Vital statistics of India. Vol. IV, Annual returns from 1871 to 1876. British Army of India, Native Army and jails of Bengal
Year: 1871
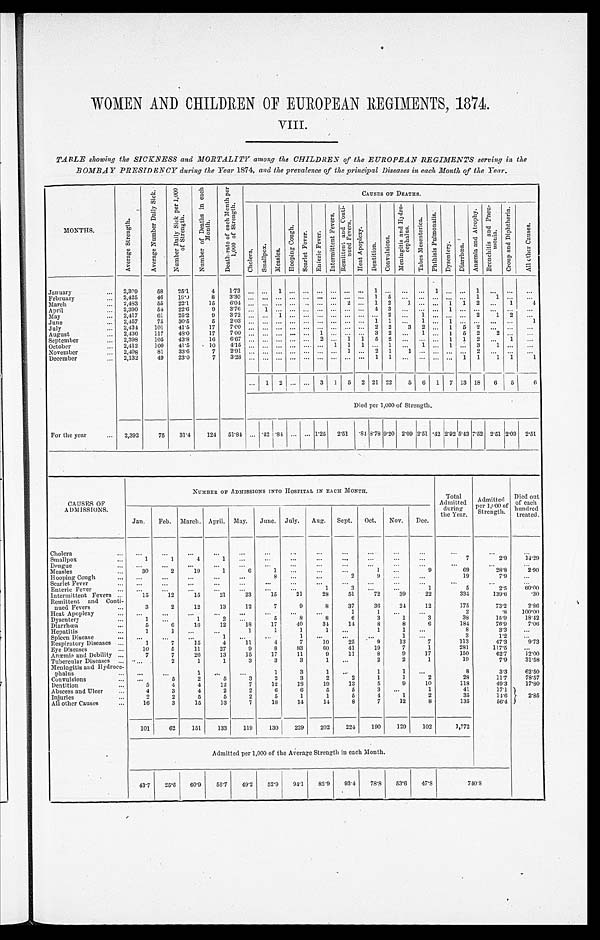
WOMEN AND CHILDREN OF EUROPEAN REGIMENTS, 1874.
VIII.
TABLE showing the SICKNESS and MORTALITY among the CHILDREN of the EUROPEAN REGIMENTS serving in the
BOMBAY PRESIDENCY during the Year 1874, and the prevalence of the principal Diseases in each Month of the Year.
MONTHS.
A v e r a g e S t r e n g t h .
A v e r a g e N u m b e r D a i l y S i c k .
N u m b e r D a i l y S i c k p e r 1 , 0 0 0 o f S t r e n g t h .
N u m b e r o f D e a t h s i n e a c h M o n t h .
D e a t h - r a t e o f e a c h M o n t h p e r 1 , 0 0 0 o f S t r e n g t h .
CAUSES OF DEATHS.
C h o l e r a .
S m a l l p o x .
M e a s l e s .
H o o p i n g C o u g h .
S c a r l e t F e v e r . En t e r i c F e v e r .
I n t e r m i t t e n t F e v e r s .
R e m i t t e n t a n d C o n t i - n u e d F e v e r s .
H e a t A p o p l e x y .
D e n t i t i o n .
C o n v u l s i o n s .
M e n i n g i t i s a n d H y d r o - c e p h a l u s .
T a b e s Me s e n t e r i c a .
P h t h i s i s P u l m o n a l i s .
D y s e n t e r y .
D i a r r h œ a .
A n æ m i a a n d A t r o p h y .
B r o n c h i t i s a n d P n e u - m o n i a .
C r o u p a n d D i p h t h e r i a .
A l l o t h e r C a u s e s .
January . . .
2,309
58
25.1
4 1.73
. . . . . .
1
. . .
. . . . . .
. . . . . .
. . .
1 . . .
. . .. . .
1
. . .
. . . 1
. . . . . .
. . .
February . . .
2,425
46
1 9 . 0
8 3.30
. . . . . .
. . .
. . .
. . . . . .
. . . . . .
. . .
1 5
. . .. . .
. . .
. . .
. . . 1
1
. . . . . .
March . . .
2,483
55
22.1
15
6.04
. . . . . .
. . . . . .
. . . . . .
. . .
2 . . .
1
2
1 . . . . . .
1
1
2
. . .
1
4
April . . .
2,390
54
22.6
9
3.76
. . . 1
. . .
. . .
. . . . . .
. . .
. . .
. . .
4
3
. . .. . .
. . .
1
. . .
. . .
. . .
. . .
. . .
May . . .
2,417
61
25.2
9
3.72
. . . . . .
1
. . .
. . . . . .
. . . . . .
. . .
. . . 2
. . . 1
. . .
. . .
. . . 2
1
2
. . .
June . . .
2,457
75
30.5
5
2.03
. . . . . .
. . .
. . .
. . . . . .
. . .
. . .
. . .
1
1
. . .
1
. . .
1
. . .
. . .
. . .
. . .
1
July . . .
2,434
101
41.5
1 7
7.00
. . . . . .
. . .
. . .
. . . . . .
. . .
. . .
. . .
2
2
3
2
. . . 1
5
2
. . . . . .
. . .
August . . .
2,436
117
48.0
17
7.00 . . . . . . . . . . . .
. . .
1 . . . . . . . . .
3
2
. . .
1 . . .
1
5
2
2 . . . . . .
September . . .
2,398
105
43.8
16
6 . 6 7
. . . . . .
. . .
. . . . . .
2 . . .
1
1
5
2
. . .
. . .
. . . 1
1
2
. . .
1
. . .
October . . .
2,412
100
41.5
10
4.15 . . . . . . . . . . . . . . . . . .
1
1
1 . . .
1
. . .
1 . . .
1 . . .
3
1
. . .. . .
November . . .
2,408
81
33.6
7
2.91
. . . . . .
. . .
. . . . . . . . .
. . . 1
. . . 2
1
1
. . .
. . .
. . .
. . .
2
. . .
. . .
. . .
December . . .
2,132
49
23.0
7
3.28
. . . . . .
. . .
. . .
. . . . . .
. . .
. . .
. . .
1
1
. . .
. . .
. . .
. . .
1
1
1
1
1
. . . 1
2
. . .
. . . 3
1
5
2 21 22
5
6
1
7 13 18
6
5
6
Died per 1,000 of Strength.
For the year...
2, 392
75
31.4
124
51.84 . . . .42 .84 . . . . . . 1.25
2.51 .848.78 9.20 2.09 2.51 .42 2.92 5.43 7.52 2.51 2.09 2.51
CAUSES OF
ADMISSIONS.
NUMBER OF ADMISSIONS INTO HOSPITAL IN EACH MONTH.
Total
Admitted
during
the Year.
Admi t t ed per 1, 000 of St r engt h.
Died out
of each
hundred
treated.
Jan.
Feb. March. April. May.
June. July.
Aug.
Sept.
Oct.
Nov.
Dec.
Cholera . . .
. . .
. . .
. . .
. . .
. . .
. . .
. . .
. . .
. . .
. . .
. . .
. . .
. . .
. . .
. . .
S m a l l p o x . . .
1
1
4
1
. . .
. . .
. . .
. . .
. . .
. . .
. . .
. . .
7
2.9
14.29
Dengue . . .
. . .
. . .
. . .
. . .
. . .
. . .
. . .
. . .
. . .
. . .
. . .
. . .
. . .
. . .
. . .
Measles . . .
30
2
19
1
6
1
. . .
. . .
. . .
1
. . .
9
69
2 8 . 8
2.90
Hooping Cough . . .
. . .
. . .
. . .
. . .
. . .
8
. . .
. . .
2
9
. . .
. . .
19
7.9
. . .
Scarlet Fever . . .
. . .
. . .
. . .
. . .
. . .
. . .
. . .
. . .
. . .
. . .
. . .
. . .
. . .
. . .
. . .
Enteric Fever . . .
. . .
. . .
. . .
. . .
. . .
. . .
. . .
1
3
. . .
. . .
1
5
2.5
60.00
Intermittent Fevers . . .
15
1 2
1 5
21
23
1 5
2 1
28
51
72
39
22
334
139.6
.30
Remittent and Conti -
nued Fevers . . .
3
2
12
13
12
7
9
8
37
36
24
12
175
73.2
2.86
Heat Apoplexy . . .
. . .
. . .
. . .
. . .
. . .
. . .
. . .
. . .
1
1
. . . . . .
2
.8
100.00
Dysentery . . .
1
. . .
1
2
. . .
5
8
8
6
3
1
3
38
15.9
18.42
D i a r r h œ a . . .
5
6
16
12
18
17
40
34
14
8
8
6
184
76.9
7.06
Hepatitis . . .
1
1
. . .
. . .
1
1
1
1
. . .
1
1
. . .
8
3.3
. . .
Spleen Disease . . .
. . .
. . .
. . .
1
. . .
. . .
1
. . .
. . .
. . .
1
. . .
3
1.2
. . .
Respiratory Diseases . . .
1
7
15
4
11
4
7
10
25
9
13
7
113
47.3
9.73
Eye Diseases . . .
10
5
11
27
9
8
83
60
41
19
7
1
281
117.5
. . .
Amæmia and Debility . . .
7
7
26
13
15
17
11
9
11
8
9
17
150
62.7
1 2 . 0 0
Tubercular Diseases . . .
. . .
2
1
1
3
3
3
1
. . .
2
2
1
19
7.9
31.58
Meningitis and Hydroce -
phalus . . .
. . .
. . .
1
. . .
. . .
1
3
1
. . .
1
1
. . .
8
3.3
62.50
Convulsions . . .
. . .
5
2
5
3
2
3
2
2
1
1
2
28
11.7
78.57
Dentition . . .
5
4
4
12
7
12
18
19
13
5
9
10
118
49.3
17.80
Abscess and Ulcer . . .
4
3
4
2
2
6
6
5
5
3
. . .
1
41
17.1
2.85
Injuries . . .
2
2
5
5
2
5
1
1
5
4
1
2
35
14.6
A l l o t h e r C a u s e s . . .
16
3
15
1 3
7
18
14
14
8
7
12
8
135
56.4
101
62
151
133
119
130
229
202
224
190
129
102
1,772
Admitted per 1,000 of the Average Strength in each Month.
43.7
25.6
60.9
55.7
49.2
52.9
94.1
82.9
93.4
78.8
53.6
47.8
7 4 0 . 8